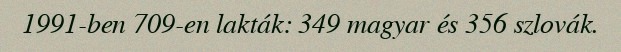
1991-ben 709-en lakták: 349 magyar és 356 szlovák.